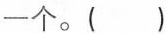
一个。( )